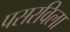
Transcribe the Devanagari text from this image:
पसरविला